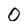
Character: 0